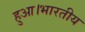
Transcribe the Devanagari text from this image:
हुआ।भारतीय